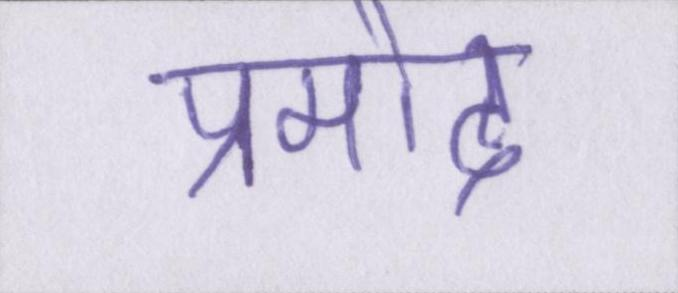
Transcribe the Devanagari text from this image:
प्रमोद